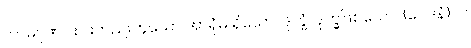
ကာမဂုဏ်ငါးပါးတည်းဟူသော အာရုံမ ရှိသော။ ဒုက္ခံ၊ ဒုက္ခဖြစ်သော။ (ဝေဒနံ) ဝါ၊